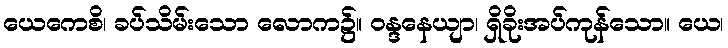
ယေကေစိ၊ ခပ်သိမ်းသော လောက၌။ ဝန္ဒနေယျာ၊ ရှိခိုးအပ်ကုန်သော။ ယေ၊